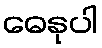
ဓေနုပါ